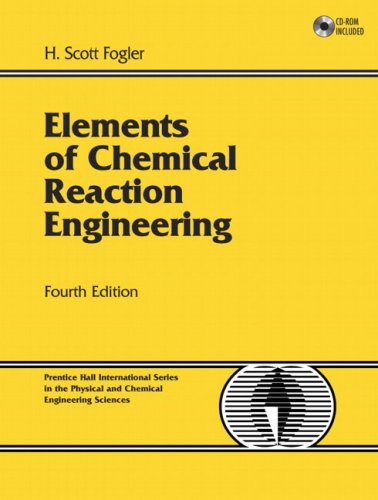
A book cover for Elements of Chemical Reaction Engineering (4th Edition); H. Scott Fogler; Engineering & Transportation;